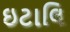
ઇટાલિ